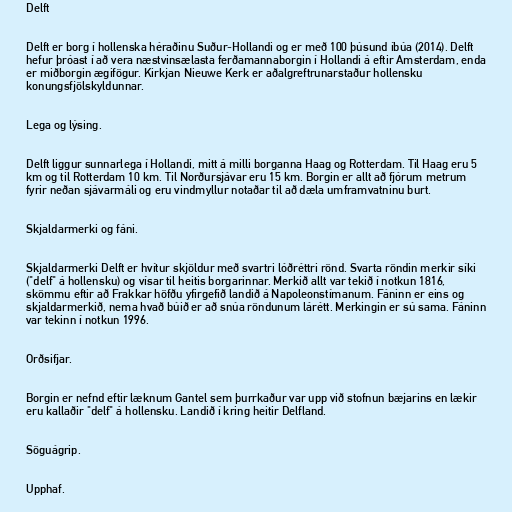
Delft

Delft er borg í hollenska héraðinu Suður-Hollandi og er með 100 þúsund íbúa (2014). Delft
hefur þróast í að vera næstvinsælasta ferðamannaborgin í Hollandi á eftir Amsterdam, enda
er miðborgin ægifögur. Kirkjan Nieuwe Kerk er aðalgreftrunarstaður hollensku
konungsfjölskyldunnar.

Lega og lýsing.

Delft liggur sunnarlega í Hollandi, mitt á milli borganna Haag og Rotterdam. Til Haag eru 5
km og til Rotterdam 10 km. Til Norðursjávar eru 15 km. Borgin er allt að fjórum metrum
fyrir neðan sjávarmáli og eru vindmyllur notaðar til að dæla umframvatninu burt.

Skjaldarmerki og fáni.

Skjaldarmerki Delft er hvítur skjöldur með svartri lóðréttri rönd. Svarta röndin merkir síki
("delf" á hollensku) og vísar til heitis borgarinnar. Merkið allt var tekið í notkun 1816,
skömmu eftir að Frakkar höfðu yfirgefið landið á Napoleonstímanum. Fáninn er eins og
skjaldarmerkið, nema hvað búið er að snúa röndunum lárétt. Merkingin er sú sama. Fáninn
var tekinn í notkun 1996.

Orðsifjar.

Borgin er nefnd eftir læknum Gantel sem þurrkaður var upp við stofnun bæjarins en lækir
eru kallaðir "delf" á hollensku. Landið í kring heitir Delfland.

Söguágrip.

Upphaf.